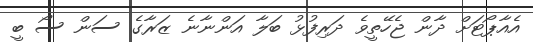
އެއާޕޯޓަށް ދާން ޖެހޭތީވެ ދަރިފުޅު ބަލާ އަންނާނެ ޒަރާގެ ސަން ސޯ ބީ